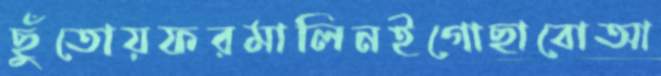
ছুঁতোয়ফরমালিনইগোছাবোআ